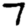
Digit: 7